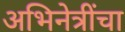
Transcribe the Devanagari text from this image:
अभिनेत्रींचा